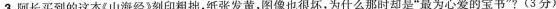
3.阿长买到的这本山海经》刻印粗拙，纸张发黄，图像也很坏，为什么那时却是”最为心爱的宝书”?(3分)